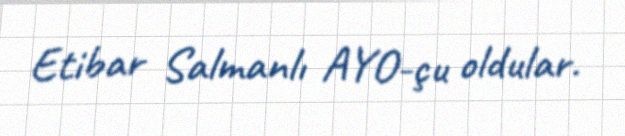
Etibar Salmanlı AYO-çu oldular.